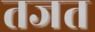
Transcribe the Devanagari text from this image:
तजत